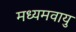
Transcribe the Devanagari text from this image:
मध्यमवायु